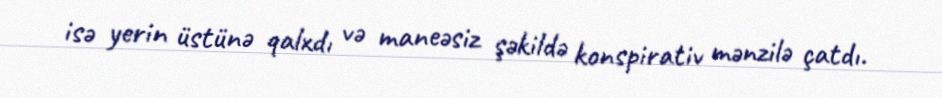
isə yerin üstünə qalxdı və maneəsiz şəkildə konspirativ mənzilə çatdı.